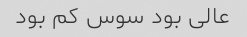
عالی بود سوس کم بود